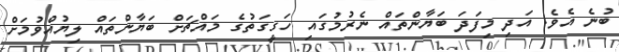
ބުނެ އެވެ. އަދި މިފަދަ ބަޔާންތައް ނެރުމުގައި ހަގީގަތުގެ މައްޗަށް ބަޔާންތައް ލިޔުއްވުމަށް